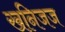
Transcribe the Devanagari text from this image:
खनिजज